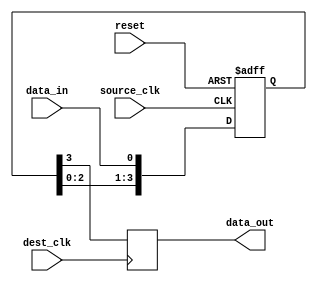
module FourFlopSynchronizer (
    input wire source_clk,
    input wire dest_clk,
    input wire reset,
    input wire data_in,
    output reg data_out
);

reg [3:0] sync_signal;

always @(posedge source_clk or posedge reset) begin
    if (reset) begin
        sync_signal <= 4'b0000;
    end else begin
        sync_signal <= {sync_signal[2:0], data_in};
    end
end

always @(posedge dest_clk) begin
    data_out <= sync_signal[3];
end

endmodule